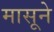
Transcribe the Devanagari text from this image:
मासूने